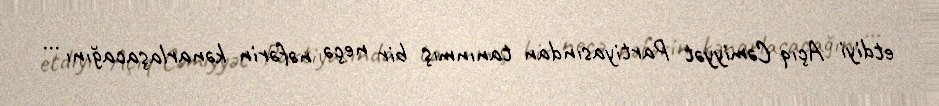
etdiyi Açıq Cəmiyyət Partiyasından tanınmış bir neçə nəfərin kənarlaşacağını ...